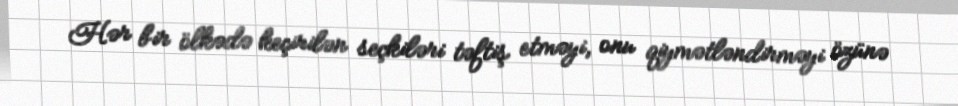
Hər bir ölkədə keçirilən seçkiləri təftiş etməyi, onu qiymətləndirməyi özünə